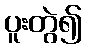
ပူးတွဲ၍